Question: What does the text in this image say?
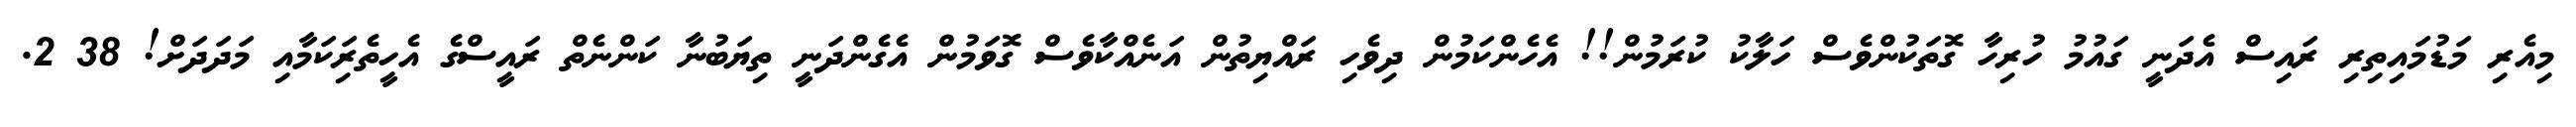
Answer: މިއެރި މަޑުމައިތިރި ރައިސް އެދަނީ ގައުމު ހުރިހާ ގޮތަކުންވެސް ހަލާކު ކުރަމުން!! އެހެންކަމުން ދިވެހި ރައްޔިތުން އަނެއްކާވެސް ގޮވަމުން އެގެންދަނީ ތިޔަބުނާ ކަންނެތް ރައީސްގެ އެހީތެރިަކަމާއި މަދަދަށް! 38 2.